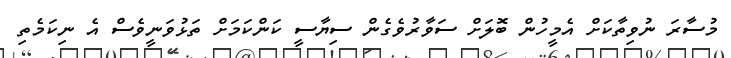
މުސާރަ ނުވިތާކަށް އެމީހުން ބޮލަށް ސަވާރުވެގެން ސިޔާސީ ކަންކަމަށް ތަޅުވަނީވެސް އެ ނިކަމެތި